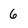
Character: 6